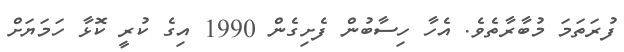
ފުރަތަމަ މުބާރާތެވެ. އެހާ ހިސާބުން ފެށިގެން 1990 އިގެ ކުރީ ކޮޅާ ހަމަޔަށް